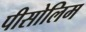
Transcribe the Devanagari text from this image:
पीसोलिम